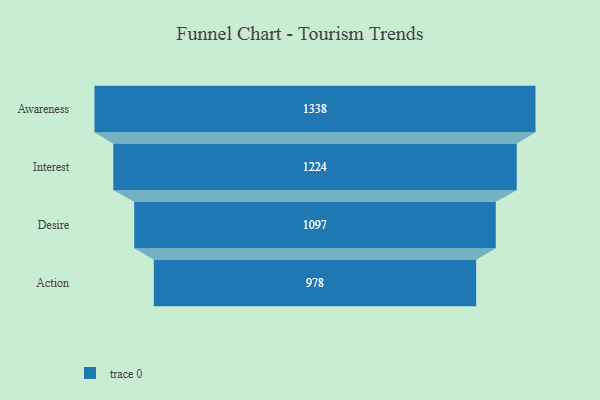
{"axis": {"x": "Stage", "y": "Value"}, "legend": [""], "data": [{"x": "Awareness", "y": 1338.0, "type": ""}, {"x": "Interest", "y": 1224.0, "type": ""}, {"x": "Desire", "y": 1097.0, "type": ""}, {"x": "Action", "y": 978.0, "type": ""}]}